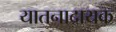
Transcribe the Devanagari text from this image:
यातनादायक